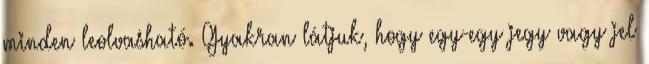
minden leolvasható. Gyakran látjuk, hogy egy-egy jegy vagy jel